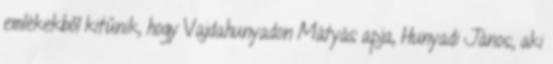
emlékekből kitűnik, hogy Vajdahunyadon Mátyás apja, Hunyadi János, aki